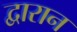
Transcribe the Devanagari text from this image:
द्वारान